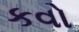
કવો